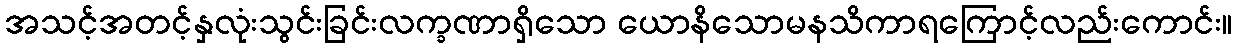
အသင့်အတင့်နှလုံးသွင်းခြင်းလက္ခဏာရှိသော ယောနိသောမနသိကာရကြောင့်လည်းကောင်း။